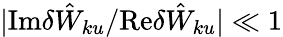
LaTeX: |\mathrm{Im}\delta{\hat{W}}_{ku}/\mathrm{Re}\delta{\hat{W}}_{ku}|\ll 1